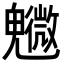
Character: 𩴰